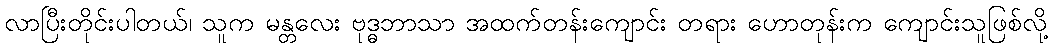
လာပြီးတိုင်းပါတယ်၊ သူက မန္တလေး ဗုဒ္ဓဘာသာ အထက်တန်းကျောင်း တရား ဟောတုန်းက ကျောင်းသူဖြစ်လို့